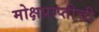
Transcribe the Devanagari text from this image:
मोक्षप्राप्तीची